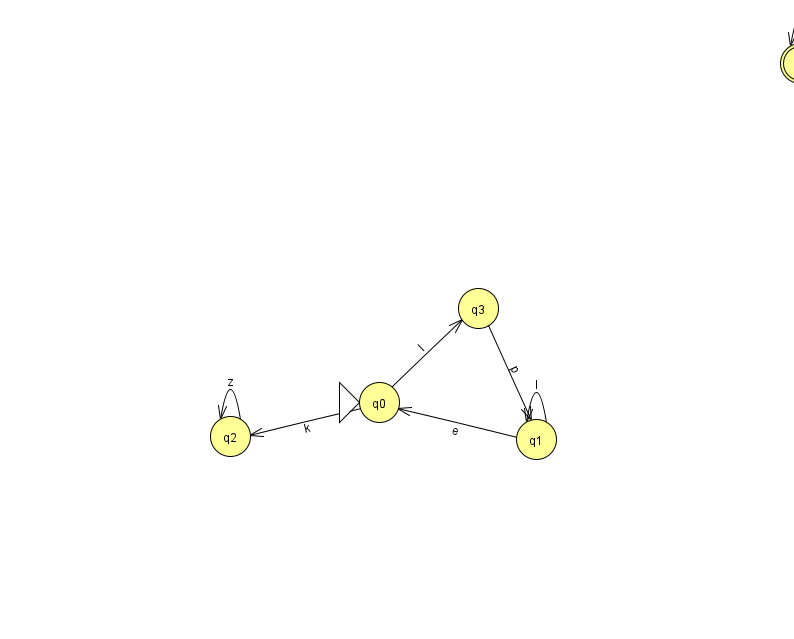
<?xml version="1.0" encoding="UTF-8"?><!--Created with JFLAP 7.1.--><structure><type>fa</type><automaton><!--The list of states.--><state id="0" name="q0"><x>379.0</x><y>389.0</y><initial/></state><state id="1" name="q1"><x>536.0</x><y>426.0</y></state><state id="2" name="q2"><x>230.0</x><y>423.0</y></state><state id="3" name="q3"><x>478.0</x><y>295.0</y></state><state id="4" name="q4"><x>800.0</x><y>50.0</y><final/></state><!--The list of transitions.--><transition><from>3</from><to>1</to><read>p</read></transition><transition><from>0</from><to>3</to><read>I</read></transition><transition><from>0</from><to>2</to><read>k</read></transition><transition><from>2</from><to>2</to><read>z</read></transition><transition><from>1</from><to>1</to><read>l</read></transition><transition><from>4</from><to>4</to><read>m</read></transition><transition><from>1</from><to>0</to><read>e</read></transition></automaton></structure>